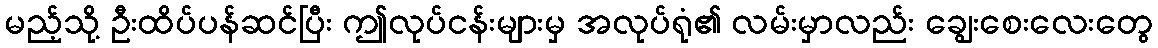
မည့်သို့ ဦးထိပ်ပန်ဆင်ပြီး ဤလုပ်ငန်းများမှ အလုပ်ရုံ၏ လမ်းမှာလည်း ချွေးစေးလေးတွေ